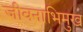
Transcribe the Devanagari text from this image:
जीवनाभिमुख